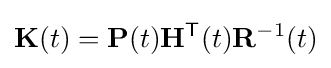
\mathbf {K} (t)=\mathbf {P} (t)\mathbf {H} ^{\textsf {T}}(t)\mathbf {R} ^{-1}(t)